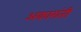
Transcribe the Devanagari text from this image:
अकारांती